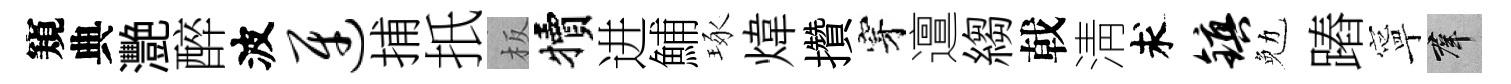
窺典灧醉波迓捕扺板犢进鯆琢煒攢穿邅縐戟淸求镇勉蹖寧群